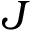
J